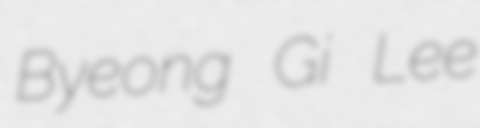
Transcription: Byeong Gi Lee